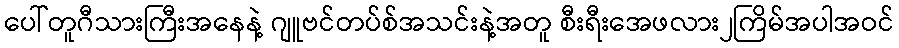
ပေါ်တူဂီသားကြီးအနေနဲ့ ဂျူဗင်တပ်စ်အသင်းနဲ့အတူ စီးရီးအေဖလား၂ကြိမ်အပါအဝင်